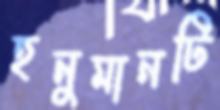
হনুমানটি